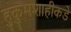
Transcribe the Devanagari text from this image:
हुकुमशाहीकडे